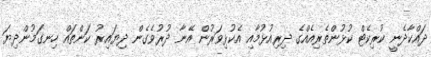
ދައްކާދެނީ ކުރިކެޓް ކުޅުންތެރިއެއްގެ ދިރިއުޅުމާއި އެކުޅިވަރުން އޭނާ ދުރުވެގެން ދިޔައިރު ކަންތައް ހިނގަމުންދިޔަ